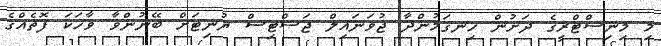
މި މިނިސްޓްރީގެ ދަށުން ހިނގަމުންދާ ޖުވަނައިލް ޖަސްޓިސް ޔުނިޓަށް ބޭނުންވާ ވާހަކަ ފޮތެއްގެ